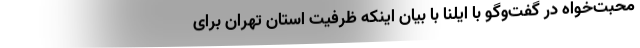
محبت‌خواه در گفت‌وگو با ایلنا با بیان اینکه ظرفیت استان تهران برای